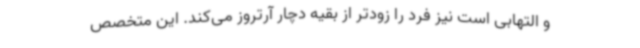
و التهابی است نیز فرد را زودتر از بقیه دچار آرتروز می‌کند. این متخصص